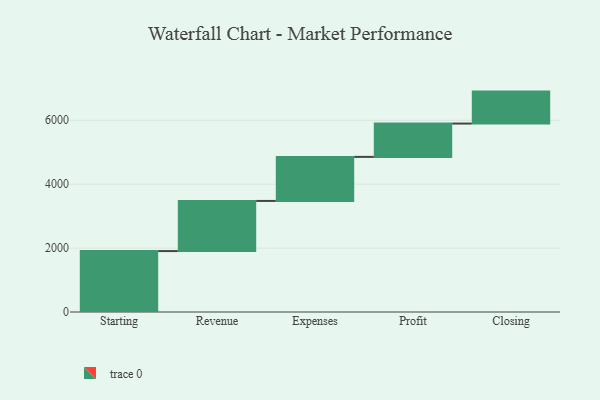
{"axis": {"x": "Step", "y": "Value"}, "legend": [""], "data": [{"x": "Starting", "y": 1907.0, "type": ""}, {"x": "Revenue", "y": 1569.0, "type": ""}, {"x": "Expenses", "y": 1379.0, "type": ""}, {"x": "Profit", "y": 1043.0, "type": ""}, {"x": "Closing", "y": 1000, "type": ""}]}